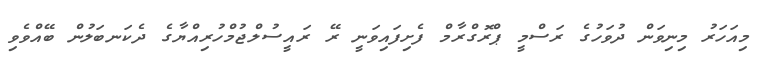
މިއަހަރު މިނިވަން ދުވަހުގެ ރަސްމީ ޕްރޮގްރާމް ފެށިފައިވަނީ ރޭ ރައީސުލްޖުމްހުރިއްޔާގެ ދެކަނބަލުން ބޭއްވެވި